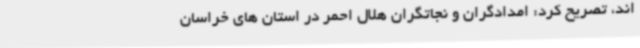
اند، تصریح کرد: امدادگران و نجاتگران هلال احمر در استان های خراسان